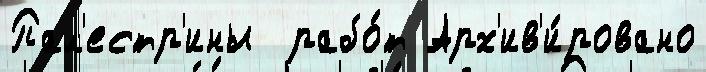
Пал'естр'ины  рабо́т Арх'ив'и́ровано